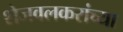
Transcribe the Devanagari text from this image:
शेजवलकरांच्या